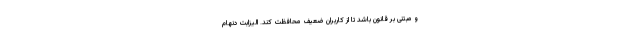
و مبتنی بر قانون باشد تا از کاربران ضعیف محافظت کند. الیزابت دنهام